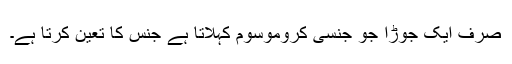
صرف ایک جوڑا جو جنسی کروموسوم کہلاتا ہے جنس کا تعین کرتا ہے۔